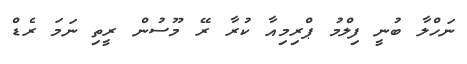
ނަހްލާ ބުނީ ފިލްމު ޕްރިމިއާ ކުރާ ރޭ މޫސުން ރީތި ނަމަ ރެޑް